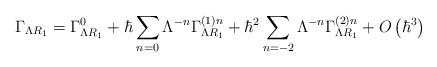
LaTeX: \begin{align*}\Gamma _{\Lambda R_1}=\Gamma _{\Lambda R_1}^0+\hbar \sum_{n=0}\Lambda ^{-n}\Gamma_{\Lambda R_1}^{\left( 1\right) n}+\hbar ^2\sum_{n=-2}\Lambda ^{-n}\Gamma _{\Lambda R_1}^{\left(2\right) n}+O\left( \hbar ^3\right)\end{align*}